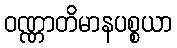
ဝဏ္ဏာတိမာနပစ္စယာ